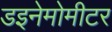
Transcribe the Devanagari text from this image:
डइनेमोमीटर